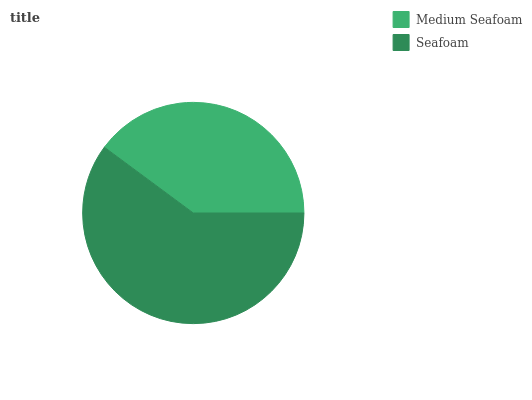
| Medium Seafoam | Seafoam |
 | --- | --- |
 | 39.8% | 60.2% |